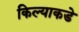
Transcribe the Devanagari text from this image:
किल्याकडे